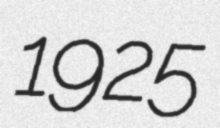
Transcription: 1925